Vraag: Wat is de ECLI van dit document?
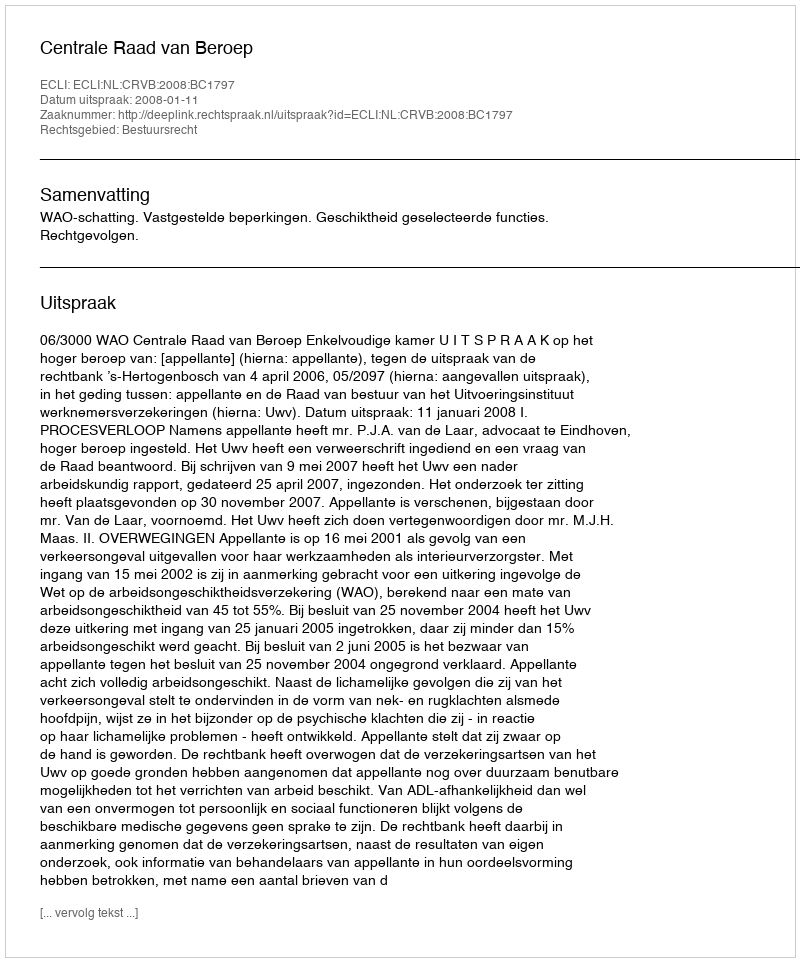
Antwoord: ECLI:NL:CRVB:2008:BC1797